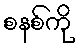
စနစ်ကို